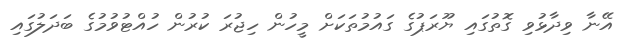
އޭނާ ވިދާޅުވި ގޮތުގައި ޔޫރަޕުގެ ގައުމުތަކަށް މީހުން ހިޖުރަ ކުރުން ހުއްޓުވުމުގެ ބަދަލުގައި